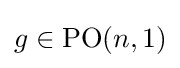
g\in \mathrm {PO} (n,1)